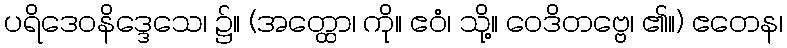
ပရိဒေဝနိဒ္ဒေသေ၊ ၌။ (အတ္ထော၊ ကို။ ဧဝံ၊ သို့။ ဝေဒိတဗ္ဗေ၊ ၏။) ဧတေန၊